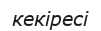
кекіресі